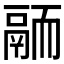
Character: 𩰴